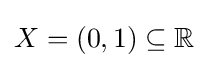
X=(0,1)\subseteq \mathbb {R}